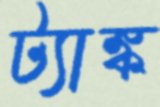
ট্যাঙ্ক